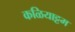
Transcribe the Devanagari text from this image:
कळियाट्टम